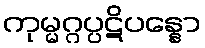
ကုမ္မဂ္ဂပ္ပဋိပန္နော